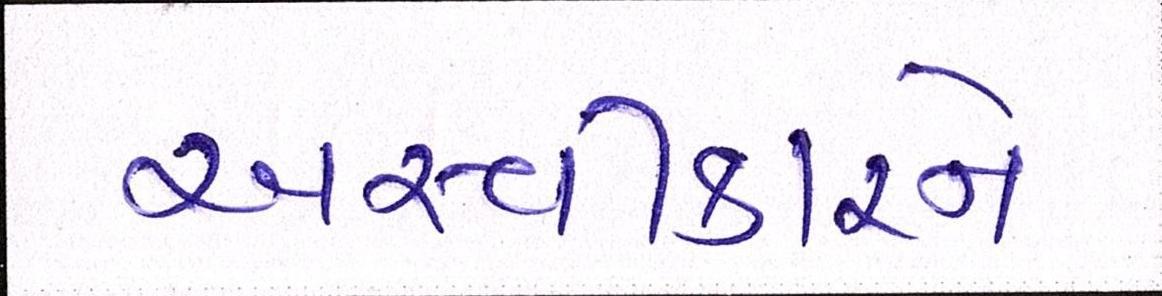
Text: અસ્વીકારને